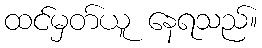
ထင်မှတ်ယူ နေရသည်။